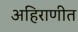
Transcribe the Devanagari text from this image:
अहिराणीत